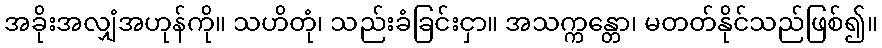
အခိုးအလျှံအဟုန်ကို။ သဟိတုံ၊ သည်းခံခြင်းငှာ။ အသက္ကန္တော၊ မတတ်နိုင်သည်ဖြစ်၍။